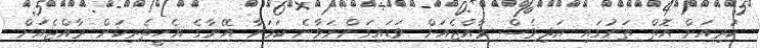
ކުރިއަށް އޮތް ތަނުގައި އަދިވެސް ރާއްޖެއަށް ވަޑައިގަންނަވާނެ ކަމަށާ އޭނާގެ އެހީތެރިކަން ރާއްޖެއަށް